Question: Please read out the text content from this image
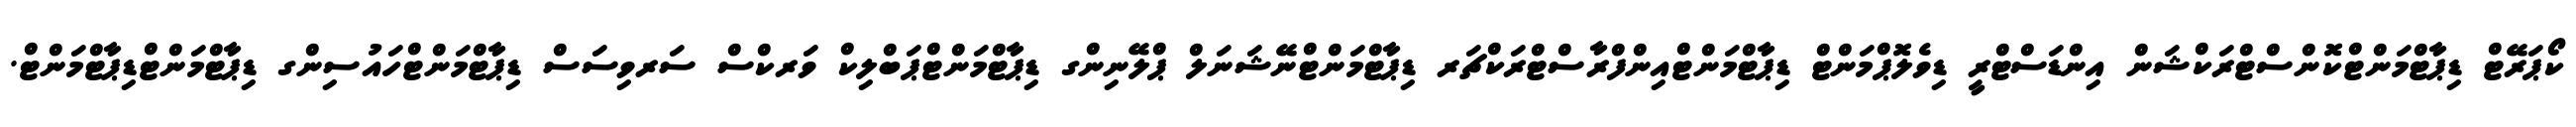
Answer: ކޯޕަރޭޓް ޑިޕާޓްމަންޓްކޮންސްޓްރަކްޝަން އިންޑަސްޓްރީ ޑިވެލޮޕްމަންޓް ޑިޕާޓްމަންޓްއިންފްރާސްޓްރަކްޗަރ ޑިޕާޓްމަންޓްނޭޝަނަލް ޕްލޭނިންގ ޑިޕާޓްމަންޓްޕަބްލިކް ވަރކްސް ސަރވިސަސް ޑިޕާޓްމަންޓްހައުސިންގ ޑިޕާޓްމަންޓްޑިޕާޓްމަންޓް.